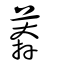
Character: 莾